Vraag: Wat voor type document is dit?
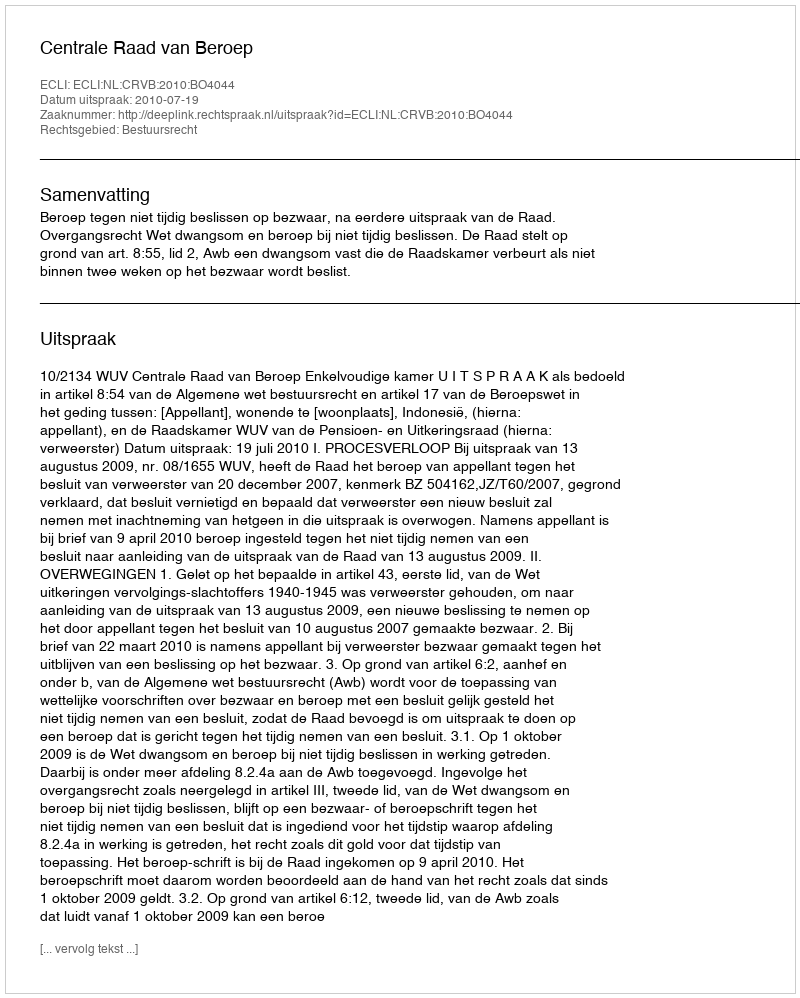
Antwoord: Uitspraak